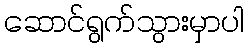
ဆောင်ရွက်သွားမှာပါ